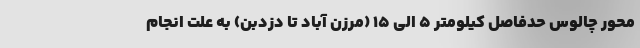
محور چالوس حدفاصل کیلومتر ۵ الی ۱۵ (مرزن آباد تا دزدبن) به علت انجام